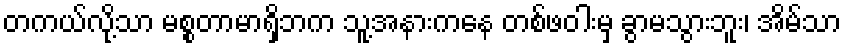
တကယ်လို့သာ မစ္စတာမာရှိဘက သူ့အနားကနေ တစ်ဖဝါးမှ ခွာမသွားဘူး၊ အိမ်သာ